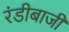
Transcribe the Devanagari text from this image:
रंडीबाजी